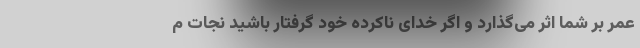
عمر بر شما اثر می‌گذارد و اگر خدای ناکرده خود گرفتار باشید نجات م